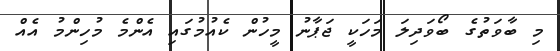
މި ބާވަތުގެ ބޯވަދިލަ މަހަކީ ޖަޕާނު މީހުން ކެއުމުގައި އެންމެ މުހިންމު އެއް